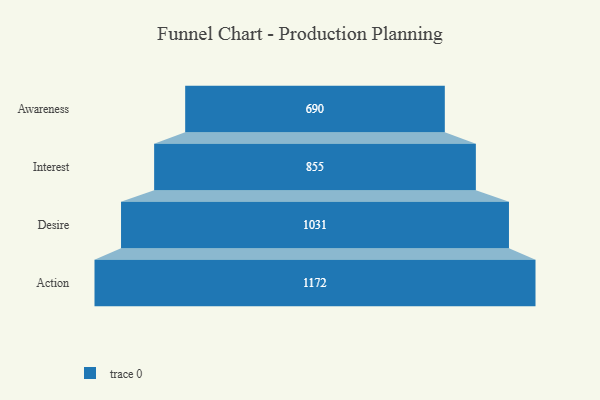
{"axis": {"x": "Stage", "y": "Value"}, "legend": [""], "data": [{"x": "Awareness", "y": 690.0, "type": ""}, {"x": "Interest", "y": 855.0, "type": ""}, {"x": "Desire", "y": 1031.0, "type": ""}, {"x": "Action", "y": 1172.0, "type": ""}]}